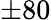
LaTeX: \pm 80